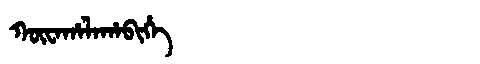
Manchu: ᡴᡡᠸᠠᡥᠠᠯᠠᡥᠠᠪᡳᡥᡝ
Romanization: KŪWAHALAHABIHE